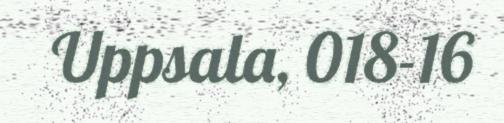
Uppsala, 018-16